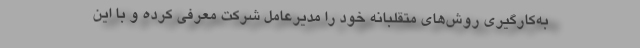
به‌کارگیری روش‌های متقلبانه خود را مدیرعامل شرکت معرفی کرده و با این